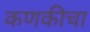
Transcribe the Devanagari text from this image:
कणकीचा